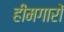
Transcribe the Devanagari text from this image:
हीमगारों